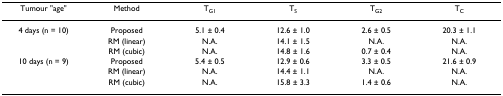
| Tumour "age" | Method | TG1 | TS | TG2 | TC |
 | --- | --- | --- | --- | --- | --- |
 | 4 days (n = 10) | Proposed | 5.1 ± 0.4 | 12.6 ± 1.0 | 2.6 ± 0.5 | 20.3 ± 1.1 |
 |  | RM (linear) | N.A. | 14.1 ± 1.5 | N.A. | N.A. |
 |  | RM (cubic) | N.A. | 14.8 ± 1.6 | 0.7 ± 0.4 | N.A. |
 | 10 days (n = 9) | Proposed | 5.4 ± 0.5 | 12.9 ± 0.6 | 3.3 ± 0.5 | 21.6 ± 0.9 |
 |  | RM (linear) | N.A. | 14.4 ± 1.1 | N.A. | N.A. |
 |  | RM (cubic) | N.A. | 15.8 ± 3.3 | 1.4 ± 0.6 | N.A. |